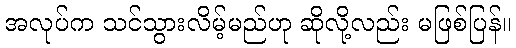
အလုပ်က သင်သွားလိမ့်မည်ဟု ဆိုလို့လည်း မဖြစ်ပြန်။